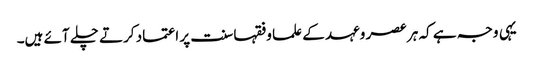
یہی وجہ ہے کہ ہر عصر وعہد کے علما وفقہا سنت پر اعتماد کرتے چلے آئے ہیں۔